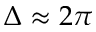
\Delta \approx 2 \pi